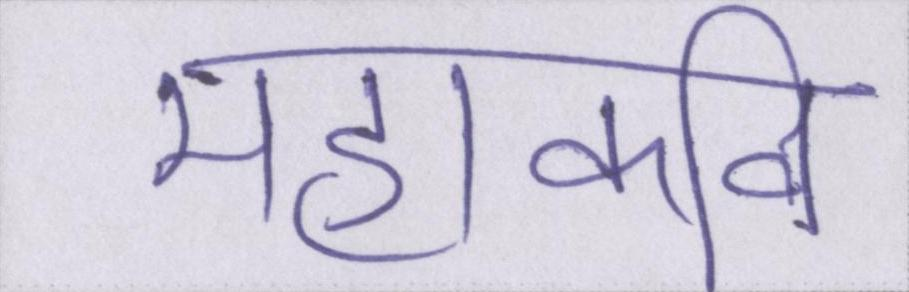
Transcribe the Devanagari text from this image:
महाकवि